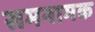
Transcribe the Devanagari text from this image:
समनामक